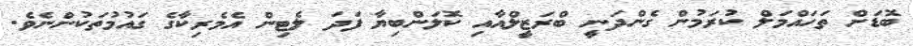
ބޮޑަށް ތަހައްމަލް ކުރަމުން ގެންދަނީ ބްރަޒީލްއާއި ކޮލަންބިޔާ ފަދަ ލެޓިން އެމެރިކާގެ ގައުމުތަކުންނެވެ.